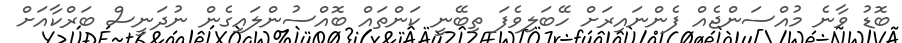
ބޮޑު ވާނެ މުއްސަންޖެއް ފެންނައިރަށް ހޭބަލިވެފަ ތިބޭނީ ކަންތައް ބޮއްސުންލައިގެން ނުދަނީސް ބަރްކާއަށް